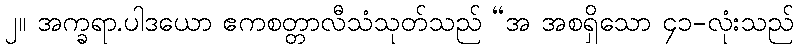
၂။ အက္ခရာ.ပါဒယော ဧကစတ္တာလီသံသုတ်သည် “အ အစရှိသော ၄၁-လုံးသည်